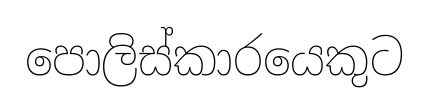
පොලිස්කාරයෙකුට